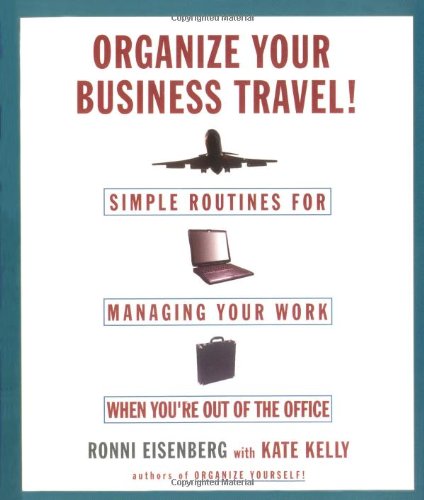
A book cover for Organize Your Business Travel : Simple Routines for Managing Your Work When You're Out of the Office; Ronni Eisenberg; Travel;